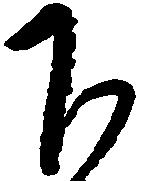
下